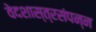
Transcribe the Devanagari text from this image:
वेदशास्त्रसंपन्‍न